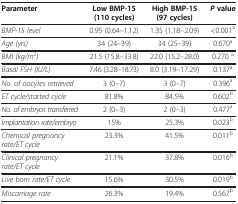
<table><thead><tr><td><b>Parameter</b></td><td><b>Low BMP-15 (110 cycles)</b></td><td><b>High BMP-15 (97 cycles)</b></td><td><b><i>P</i>value</b></td></tr></thead><tbody><tr><td><i>BMP-15 level</i></td><td>0.95 (0.64–1.12)</td><td>1.35 (1.18–2.09)</td><td>&lt;0.001<sup>a</sup></td></tr><tr><td><i>Age (yrs)</i></td><td>34 (24–39)</td><td>34 (25–39)</td><td>0.670<sup>a</sup></td></tr><tr><td><i>BMI (kg/m</i><sup><i>2</i></sup><i>)</i></td><td>21.5 (15.8–33.8)</td><td>22.0 (15.2–28.0)</td><td>0.270 <sup>a</sup></td></tr><tr><td><i>Basal FSH (IU/L)</i></td><td>7.46 (3.28–18.73)</td><td>8.0 (3.19–17.29)</td><td>0.137<sup>a</sup></td></tr><tr><td><i>No. of oocytes retrieved</i></td><td>3 (0–7)</td><td>3 (0–7)</td><td>0.396<sup>a</sup></td></tr><tr><td><i>ET cycle/started cycle</i></td><td>81.8%</td><td>84.5%</td><td>0.602<sup>b</sup></td></tr><tr><td><i>No. of embryos transferred</i></td><td>2 (0–3)</td><td>2 (0–3)</td><td>0.477<sup>a</sup></td></tr><tr><td><i>Implantation rate/embryo</i></td><td>15%</td><td>25.3%</td><td>0.023<sup>b</sup></td></tr><tr><td><i>Chemical pregnancy rate/ET cycle</i></td><td>23.3%</td><td>41.5%</td><td>0.011<sup>b</sup></td></tr><tr><td><i>Clinical pregnancy rate/ET cycle</i></td><td>21.1%</td><td>37.8%</td><td>0.016<sup>b</sup></td></tr><tr><td><i>Live born rate/ET cycle</i></td><td>15.6%</td><td>30.5%</td><td>0.019<sup>b</sup></td></tr><tr><td><i>Miscarriage rate</i></td><td>26.3%</td><td>19.4%</td><td>0.567<sup>b</sup></td></tr></tbody></table>